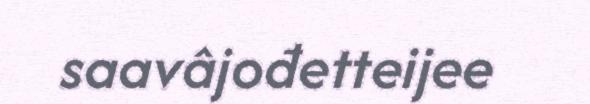
saavâjođetteijee